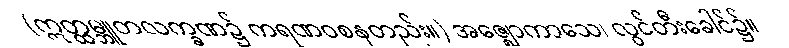
(ဣတ္ထမ္ဘူတလက္ခဏ၌ ကရဏဝစနတည်း။) အဇ္ဈောကာသေ၊ လွင်တီးခေါင်၌။